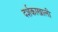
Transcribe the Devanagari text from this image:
दर्शकाखाली